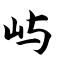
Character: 屿